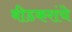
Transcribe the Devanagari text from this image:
बीडकरांचे